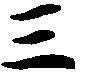
三